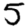
Digit: 5